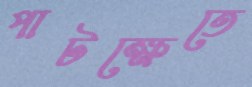
পাটক্ষেতে